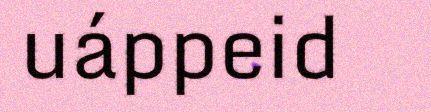
uáppeid